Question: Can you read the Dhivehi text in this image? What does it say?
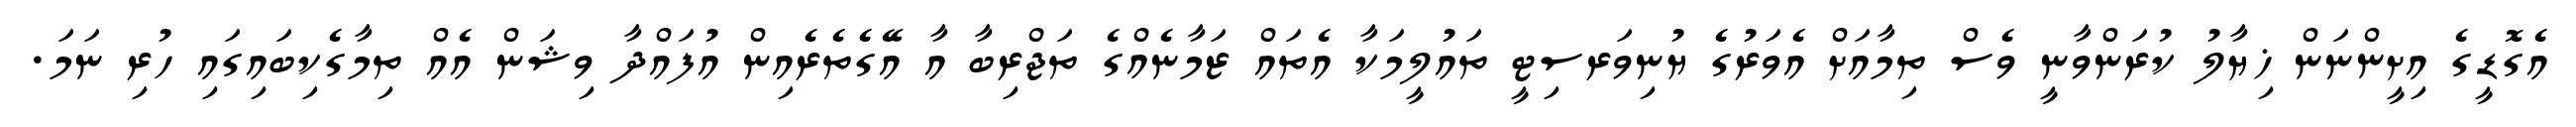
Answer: އެގޮޑީގެ އިށީންނަން ޚިޔާލު ކުރަންވާނީ ވެސް ތިމާއަށް އެވަރުގެ ޔުނިވަރސިޓީ ތައުލީމަކާ އެތައް ޒަމާނެއްގެ ތަޖްރިބާ އާ އޭގެތެރެއިން އުފައްދާ ވިޝަން އެއް ތިމާގެކިބައިގައި ހުރި ނަމަ.